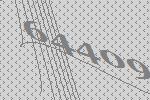
64409